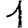
Digit: 1